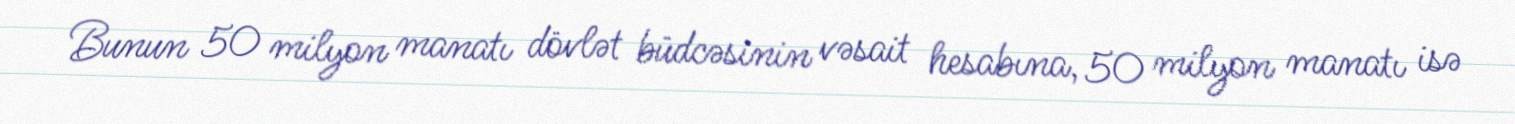
Bunun 50 milyon manatı dövlət büdcəsinin vəsait hesabına, 50 milyon manatı isə